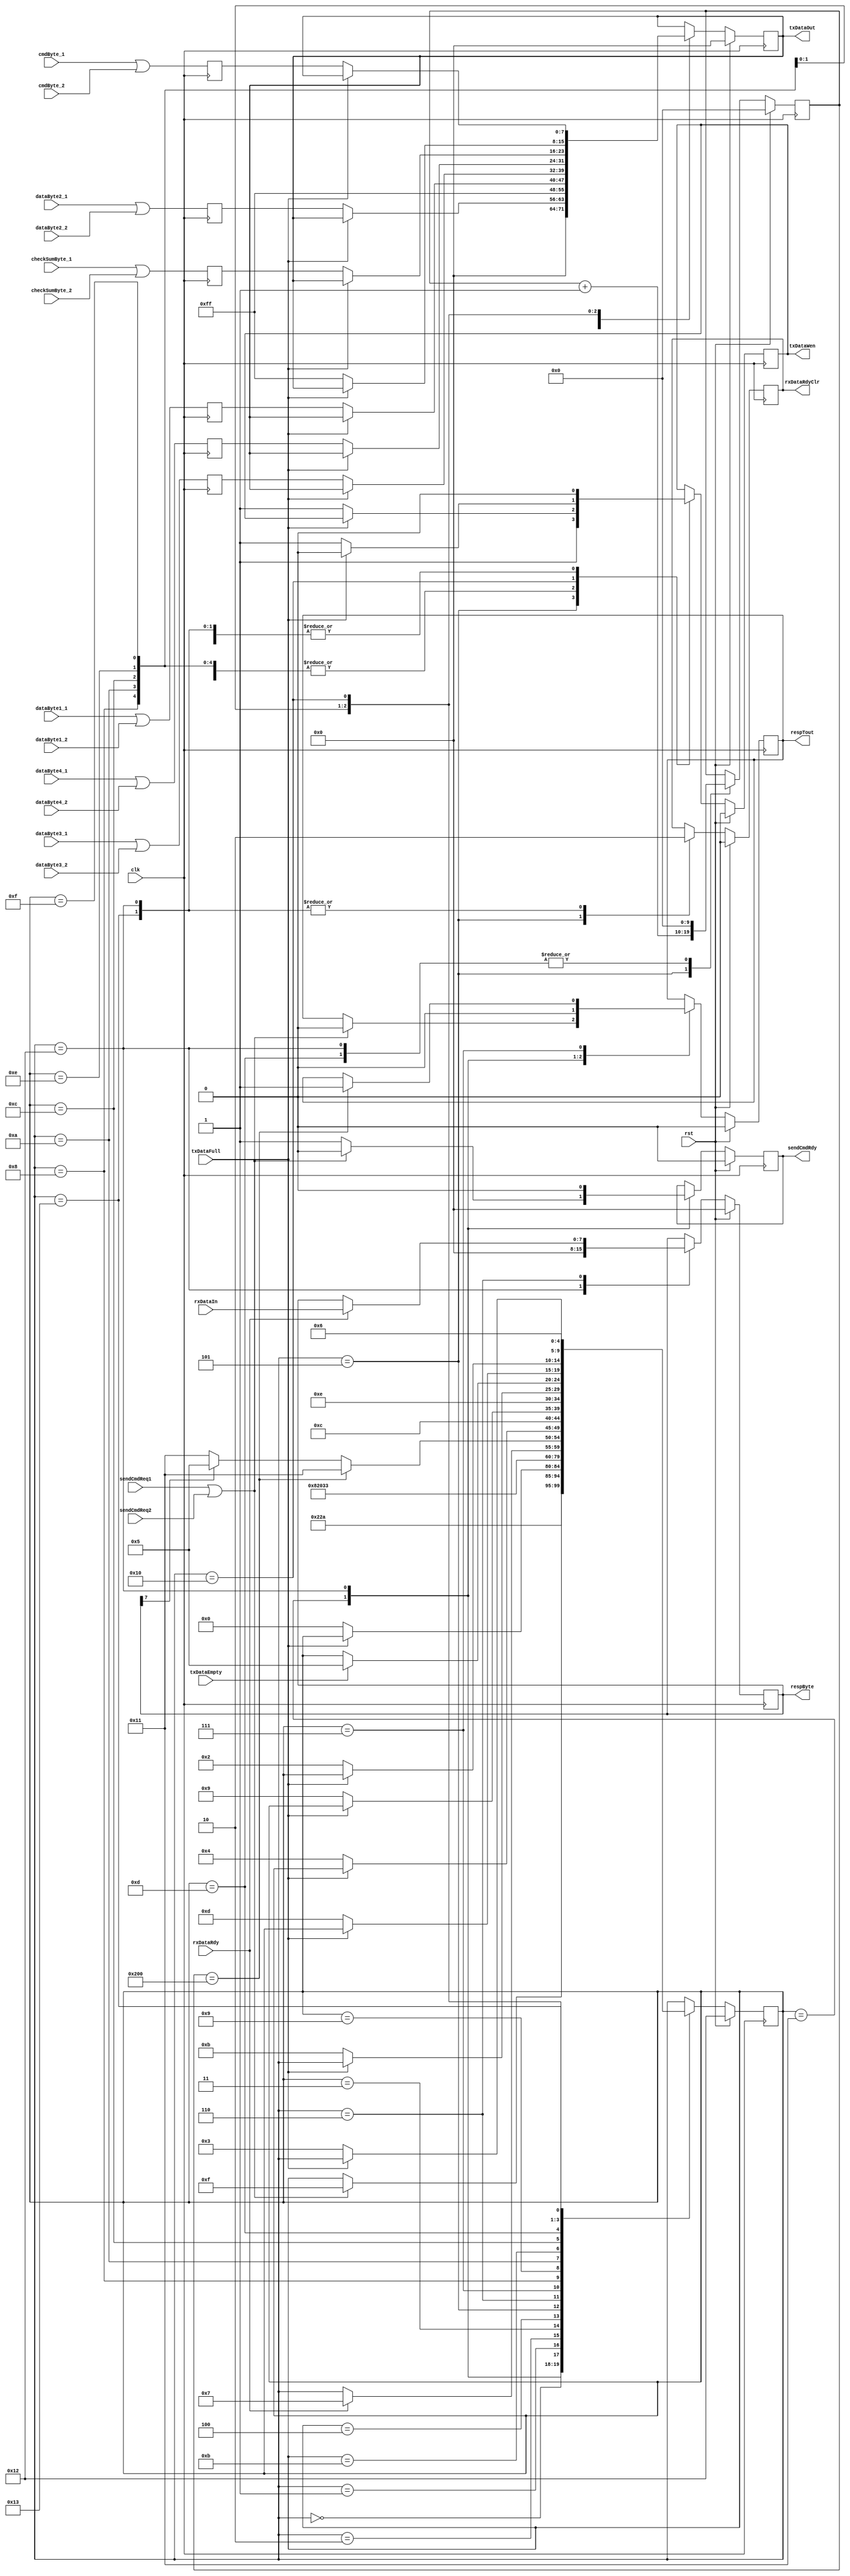
module sendCmd (checkSumByte_1, checkSumByte_2, clk, cmdByte_1, cmdByte_2, dataByte1_1, dataByte1_2, dataByte2_1, dataByte2_2, dataByte3_1, dataByte3_2, dataByte4_1, dataByte4_2, respByte, respTout, rst, rxDataIn, rxDataRdy, rxDataRdyClr, sendCmdRdy, sendCmdReq1, sendCmdReq2, txDataEmpty, txDataFull, txDataOut, txDataWen);
input   [7:0]checkSumByte_1;
input   [7:0]checkSumByte_2;
input   clk;
input   [7:0]cmdByte_1;
input   [7:0]cmdByte_2;
input   [7:0]dataByte1_1;
input   [7:0]dataByte1_2;
input   [7:0]dataByte2_1;
input   [7:0]dataByte2_2;
input   [7:0]dataByte3_1;
input   [7:0]dataByte3_2;
input   [7:0]dataByte4_1;
input   [7:0]dataByte4_2;
input   rst;
input   [7:0]rxDataIn;
input   rxDataRdy;
input   sendCmdReq1;
input   sendCmdReq2;
input   txDataEmpty;
input   txDataFull;
output  [7:0]respByte;
output  respTout;
output  rxDataRdyClr;
output  sendCmdRdy;
output  [7:0]txDataOut;
output  txDataWen;

wire    [7:0]checkSumByte_1;
wire    [7:0]checkSumByte_2;
wire    clk;
wire    [7:0]cmdByte_1;
wire    [7:0]cmdByte_2;
wire    [7:0]dataByte1_1;
wire    [7:0]dataByte1_2;
wire    [7:0]dataByte2_1;
wire    [7:0]dataByte2_2;
wire    [7:0]dataByte3_1;
wire    [7:0]dataByte3_2;
wire    [7:0]dataByte4_1;
wire    [7:0]dataByte4_2;
reg     [7:0]respByte, next_respByte;
reg     respTout, next_respTout;
wire    rst;
wire    [7:0]rxDataIn;
wire    rxDataRdy;
reg     rxDataRdyClr, next_rxDataRdyClr;
reg     sendCmdRdy, next_sendCmdRdy;
wire    sendCmdReq1;
wire    sendCmdReq2;
wire    txDataEmpty;
wire    txDataFull;
reg     [7:0]txDataOut, next_txDataOut;
reg     txDataWen, next_txDataWen;

// diagram signals declarations
reg  [7:0]checkSumByte, next_checkSumByte;
reg  [7:0]cmdByte, next_cmdByte;
reg  [7:0]dataByte1, next_dataByte1;
reg  [7:0]dataByte2, next_dataByte2;
reg  [7:0]dataByte3, next_dataByte3;
reg  [7:0]dataByte4, next_dataByte4;
reg sendCmdReq, next_sendCmdReq;
reg  [9:0]timeOutCnt, next_timeOutCnt;

// BINARY ENCODED state machine: sndCmdSt
// State codes definitions:
`define CMD_D_BYTE2_FIN 5'b00000
`define CMD_D_BYTE2_ST 5'b00001
`define CMD_SEND_FF_FIN 5'b00010
`define CMD_CMD_BYTE_FIN 5'b00011
`define CMD_D_BYTE1_FIN 5'b00100
`define CMD_REQ_RESP_ST 5'b00101
`define CMD_REQ_RESP_FIN 5'b00110
`define CMD_CHK_RESP 5'b00111
`define CMD_D_BYTE1_ST 5'b01000
`define CMD_D_BYTE3_FIN 5'b01001
`define CMD_D_BYTE3_ST 5'b01010
`define CMD_D_BYTE4_FIN 5'b01011
`define CMD_D_BYTE4_ST 5'b01100
`define CMD_CS_FIN 5'b01101
`define CMD_CS_ST 5'b01110
`define CMD_SEND_FF_ST 5'b01111
`define CMD_CMD_BYTE_ST 5'b10000
`define WT_CMD 5'b10001
`define ST_S_CMD 5'b10010
`define CMD_DEL 5'b10011

reg [4:0]CurrState_sndCmdSt, NextState_sndCmdSt;

// Diagram actions (continuous assignments allowed only: assign ...)
// diagram ACTION
always @(sendCmdReq1 or sendCmdReq2 ) begin
sendCmdReq <= sendCmdReq1 | sendCmdReq2;
end
always @(posedge clk) begin
cmdByte <= cmdByte_1 | cmdByte_2;
dataByte1 <= dataByte1_1 | dataByte1_2;
dataByte2 <= dataByte2_1 | dataByte2_2;
dataByte3 <= dataByte3_1 | dataByte3_2;
dataByte4 <= dataByte4_1 | dataByte4_2;
checkSumByte <= checkSumByte_1 | checkSumByte_2;
end


// Machine: sndCmdSt

// NextState logic (combinatorial)
always @ (txDataFull or dataByte2 or timeOutCnt or rxDataRdy or rxDataIn or respByte or dataByte1 or dataByte3 or dataByte4 or txDataEmpty or checkSumByte or cmdByte or sendCmdReq or txDataWen or txDataOut or rxDataRdyClr or respTout or sendCmdRdy or CurrState_sndCmdSt)
begin
  NextState_sndCmdSt <= CurrState_sndCmdSt;
  // Set default values for outputs and signals
  next_txDataWen <= txDataWen;
  next_txDataOut <= txDataOut;
  next_timeOutCnt <= timeOutCnt;
  next_rxDataRdyClr <= rxDataRdyClr;
  next_respByte <= respByte;
  next_respTout <= respTout;
  next_sendCmdRdy <= sendCmdRdy;
  case (CurrState_sndCmdSt)  // synopsys parallel_case full_case
    `WT_CMD:
    begin
      next_sendCmdRdy <= 1'b1;
      if (sendCmdReq == 1'b1)
      begin
        NextState_sndCmdSt <= `CMD_SEND_FF_ST;
        next_sendCmdRdy <= 1'b0;
        next_respTout <= 1'b0;
      end
    end
    `ST_S_CMD:
    begin
      next_sendCmdRdy <= 1'b0;
      next_txDataWen <= 1'b0;
      next_txDataOut <= 8'h00;
      next_rxDataRdyClr <= 1'b0;
      next_respByte <= 8'h00;
      next_respTout <= 1'b0;
      next_timeOutCnt <= 10'h000;
      NextState_sndCmdSt <= `WT_CMD;
    end
    `CMD_D_BYTE2_FIN:
    begin
      next_txDataWen <= 1'b0;
      NextState_sndCmdSt <= `CMD_D_BYTE3_ST;
    end
    `CMD_D_BYTE2_ST:
    begin
      if (txDataFull == 1'b0)
      begin
        NextState_sndCmdSt <= `CMD_D_BYTE2_FIN;
        next_txDataOut <= dataByte2;
        next_txDataWen <= 1'b1;
      end
    end
    `CMD_SEND_FF_FIN:
    begin
      NextState_sndCmdSt <= `CMD_CMD_BYTE_ST;
    end
    `CMD_CMD_BYTE_FIN:
    begin
      next_txDataWen <= 1'b0;
      NextState_sndCmdSt <= `CMD_D_BYTE1_ST;
    end
    `CMD_D_BYTE1_FIN:
    begin
      next_txDataWen <= 1'b0;
      NextState_sndCmdSt <= `CMD_D_BYTE2_ST;
    end
    `CMD_REQ_RESP_ST:
    begin
      NextState_sndCmdSt <= `CMD_DEL;
      next_txDataOut <= 8'hff;
      next_txDataWen <= 1'b1;
      next_timeOutCnt <= timeOutCnt + 1'b1;
      next_rxDataRdyClr <= 1'b1;
    end
    `CMD_REQ_RESP_FIN:
    begin
      if (rxDataRdy == 1'b1)
      begin
        NextState_sndCmdSt <= `CMD_CHK_RESP;
        next_respByte <= rxDataIn;
      end
    end
    `CMD_CHK_RESP:
    begin
      if (timeOutCnt == 10'h200)
      begin
        NextState_sndCmdSt <= `WT_CMD;
        next_respTout <= 1'b1;
      end
      else if (respByte[7] == 1'b0)
      begin
        NextState_sndCmdSt <= `WT_CMD;
      end
      else
      begin
        NextState_sndCmdSt <= `CMD_REQ_RESP_ST;
      end
    end
    `CMD_D_BYTE1_ST:
    begin
      if (txDataFull == 1'b0)
      begin
        NextState_sndCmdSt <= `CMD_D_BYTE1_FIN;
        next_txDataOut <= dataByte1;
        next_txDataWen <= 1'b1;
      end
    end
    `CMD_D_BYTE3_FIN:
    begin
      next_txDataWen <= 1'b0;
      NextState_sndCmdSt <= `CMD_D_BYTE4_ST;
    end
    `CMD_D_BYTE3_ST:
    begin
      if (txDataFull == 1'b0)
      begin
        NextState_sndCmdSt <= `CMD_D_BYTE3_FIN;
        next_txDataOut <= dataByte3;
        next_txDataWen <= 1'b1;
      end
    end
    `CMD_D_BYTE4_FIN:
    begin
      next_txDataWen <= 1'b0;
      NextState_sndCmdSt <= `CMD_CS_ST;
    end
    `CMD_D_BYTE4_ST:
    begin
      if (txDataFull == 1'b0)
      begin
        NextState_sndCmdSt <= `CMD_D_BYTE4_FIN;
        next_txDataOut <= dataByte4;
        next_txDataWen <= 1'b1;
      end
    end
    `CMD_CS_FIN:
    begin
      next_txDataWen <= 1'b0;
      next_timeOutCnt <= 10'h000;
      if (txDataEmpty == 1'b1)
      begin
        NextState_sndCmdSt <= `CMD_REQ_RESP_ST;
      end
    end
    `CMD_CS_ST:
    begin
      if (txDataFull == 1'b0)
      begin
        NextState_sndCmdSt <= `CMD_CS_FIN;
        next_txDataOut <= checkSumByte;
        next_txDataWen <= 1'b1;
      end
    end
    `CMD_SEND_FF_ST:
    begin
      if (txDataFull == 1'b0)
      begin
        NextState_sndCmdSt <= `CMD_SEND_FF_FIN;
        next_txDataOut <= 8'hff;
        next_txDataWen <= 1'b1;
      end
    end
    `CMD_CMD_BYTE_ST:
    begin
      next_txDataWen <= 1'b0;
      if (txDataFull == 1'b0)
      begin
        NextState_sndCmdSt <= `CMD_CMD_BYTE_FIN;
        next_txDataOut <= cmdByte;
        next_txDataWen <= 1'b1;
      end
    end
    `CMD_DEL:
    begin
      NextState_sndCmdSt <= `CMD_REQ_RESP_FIN;
      next_txDataWen <= 1'b0;
      next_rxDataRdyClr <= 1'b0;
    end
  endcase
end

// Current State Logic (sequential)
always @ (posedge clk)
begin
  if (rst == 1'b1)
    CurrState_sndCmdSt <= `ST_S_CMD;
  else
    CurrState_sndCmdSt <= NextState_sndCmdSt;
end

// Registered outputs logic
always @ (posedge clk)
begin
  if (rst == 1'b1)
  begin
    txDataWen <= 1'b0;
    txDataOut <= 8'h00;
    rxDataRdyClr <= 1'b0;
    respByte <= 8'h00;
    respTout <= 1'b0;
    sendCmdRdy <= 1'b0;
    timeOutCnt <= 10'h000;
  end
  else 
  begin
    txDataWen <= next_txDataWen;
    txDataOut <= next_txDataOut;
    rxDataRdyClr <= next_rxDataRdyClr;
    respByte <= next_respByte;
    respTout <= next_respTout;
    sendCmdRdy <= next_sendCmdRdy;
    timeOutCnt <= next_timeOutCnt;
  end
end

endmodule